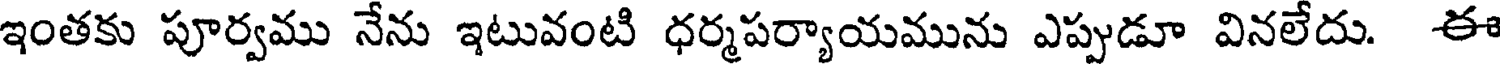
ఇంతకు పూర్వము నేను ఇటువంటి ధర్మపర్యాయమును ఎప్పుడూ వినలేదు. ఈ